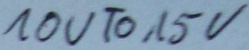
Text: 10VTo15V